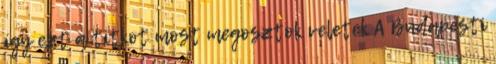
így ezt a titkot most megosztok veletek A Budapesti